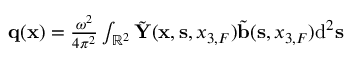
\begin{array} { r } { { \bf q } ( { { \bf x } } ) = \frac { \omega ^ { 2 } } { 4 \pi ^ { 2 } } \int _ { { \mathbb { R } } ^ { 2 } } \tilde { \bf Y } ( { { \bf x } } , { { \bf s } } , { x _ { 3 , F } } ) \tilde { \bf b } ( { { \bf s } } , { x _ { 3 , F } } ) \mathrm { d } ^ { 2 } { { \bf s } } } \end{array}